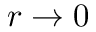
r \rightarrow 0